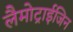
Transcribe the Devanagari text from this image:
लैमोट्राईजिन